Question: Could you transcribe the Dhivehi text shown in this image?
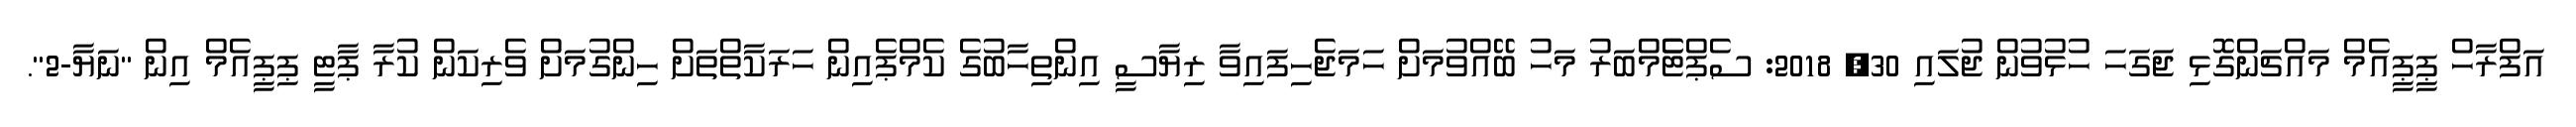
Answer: އަފްރާހް ޕީޕީއެމް މައްޗަންގޮޅި ޖަގަހަ ހުޅުވުން ޖުލައި 30, 2018: ސެޕްޓެެމްބަރު މަހު ބޭއްވުމަށް ހަމަޖެހިފައިވާ ރިޔާސީ އިންތިހާބުގެ ކެމްޕެއިން ހަރަކާތްތަށް ހިންގުމަށް ވެރިކަން ކުރާ ޕާޓީ ޕިޕީއެމް އިން "ނަޔާ-2".